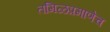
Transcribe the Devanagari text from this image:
तमिळप्रमाणेच